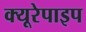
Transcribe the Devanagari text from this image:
क्यूरेपाइप